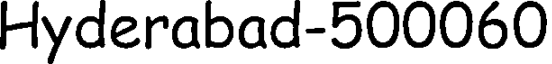
Hyderabad-500060